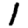
Digit: 1